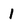
Character: 1